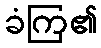
ခံကြ၏